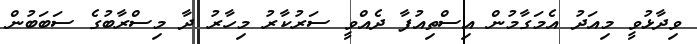
ވިދާޅުވީ މިއަދު އެމަގާމުން އިސްތިއުފާ ދެއްވީ ސަރުކާރު މިހާރު ދާ މިސްރާބުގެ ސަބަބުން